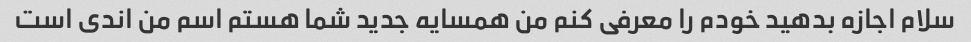
سلام اجازه بدهید خودم را معرفی کنم من همسایه جدید شما هستم اسم من اندی است